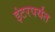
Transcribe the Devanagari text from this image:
इंटरपर्यंत